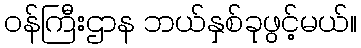
ဝန်ကြီးဌာန ဘယ်နှစ်ခုဖွင့်မယ်။